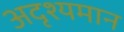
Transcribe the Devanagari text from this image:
अदृश्यमान